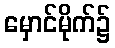
မှောင်မိုက်၌